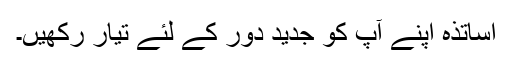
اساتذہ اپنے آپ کو جدید دور کے لئے تیار رکھیں۔